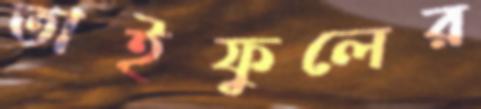
তাইফুলের